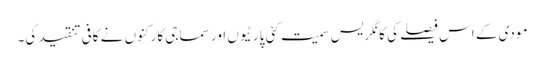
مودی کے اس فیصلے کی کانگریس سمیت کئی پارٹیوں اور سماجی کارکنوں نے کافی تنقید کی۔